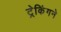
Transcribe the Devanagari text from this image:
ट्रेकिंगने